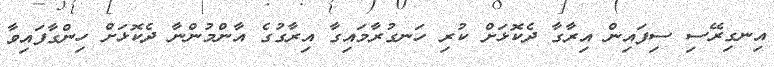
އިނގިރޭސި ސިފައިން އިރާގާ ދެކޮޅަށް ކުރި ހަނގުރާމައިގާ އިރާގުގެ އާންމުންނާ ދެކޮޅަށް ހިންގާފައިވާ